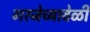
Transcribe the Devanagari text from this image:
गरजेच्यावेळी